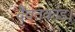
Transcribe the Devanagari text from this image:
दैवतकांड।